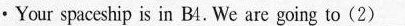
·Your spaceship is in B4. We are going to\underline{（2）}___